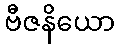
ဗီဇနိယော